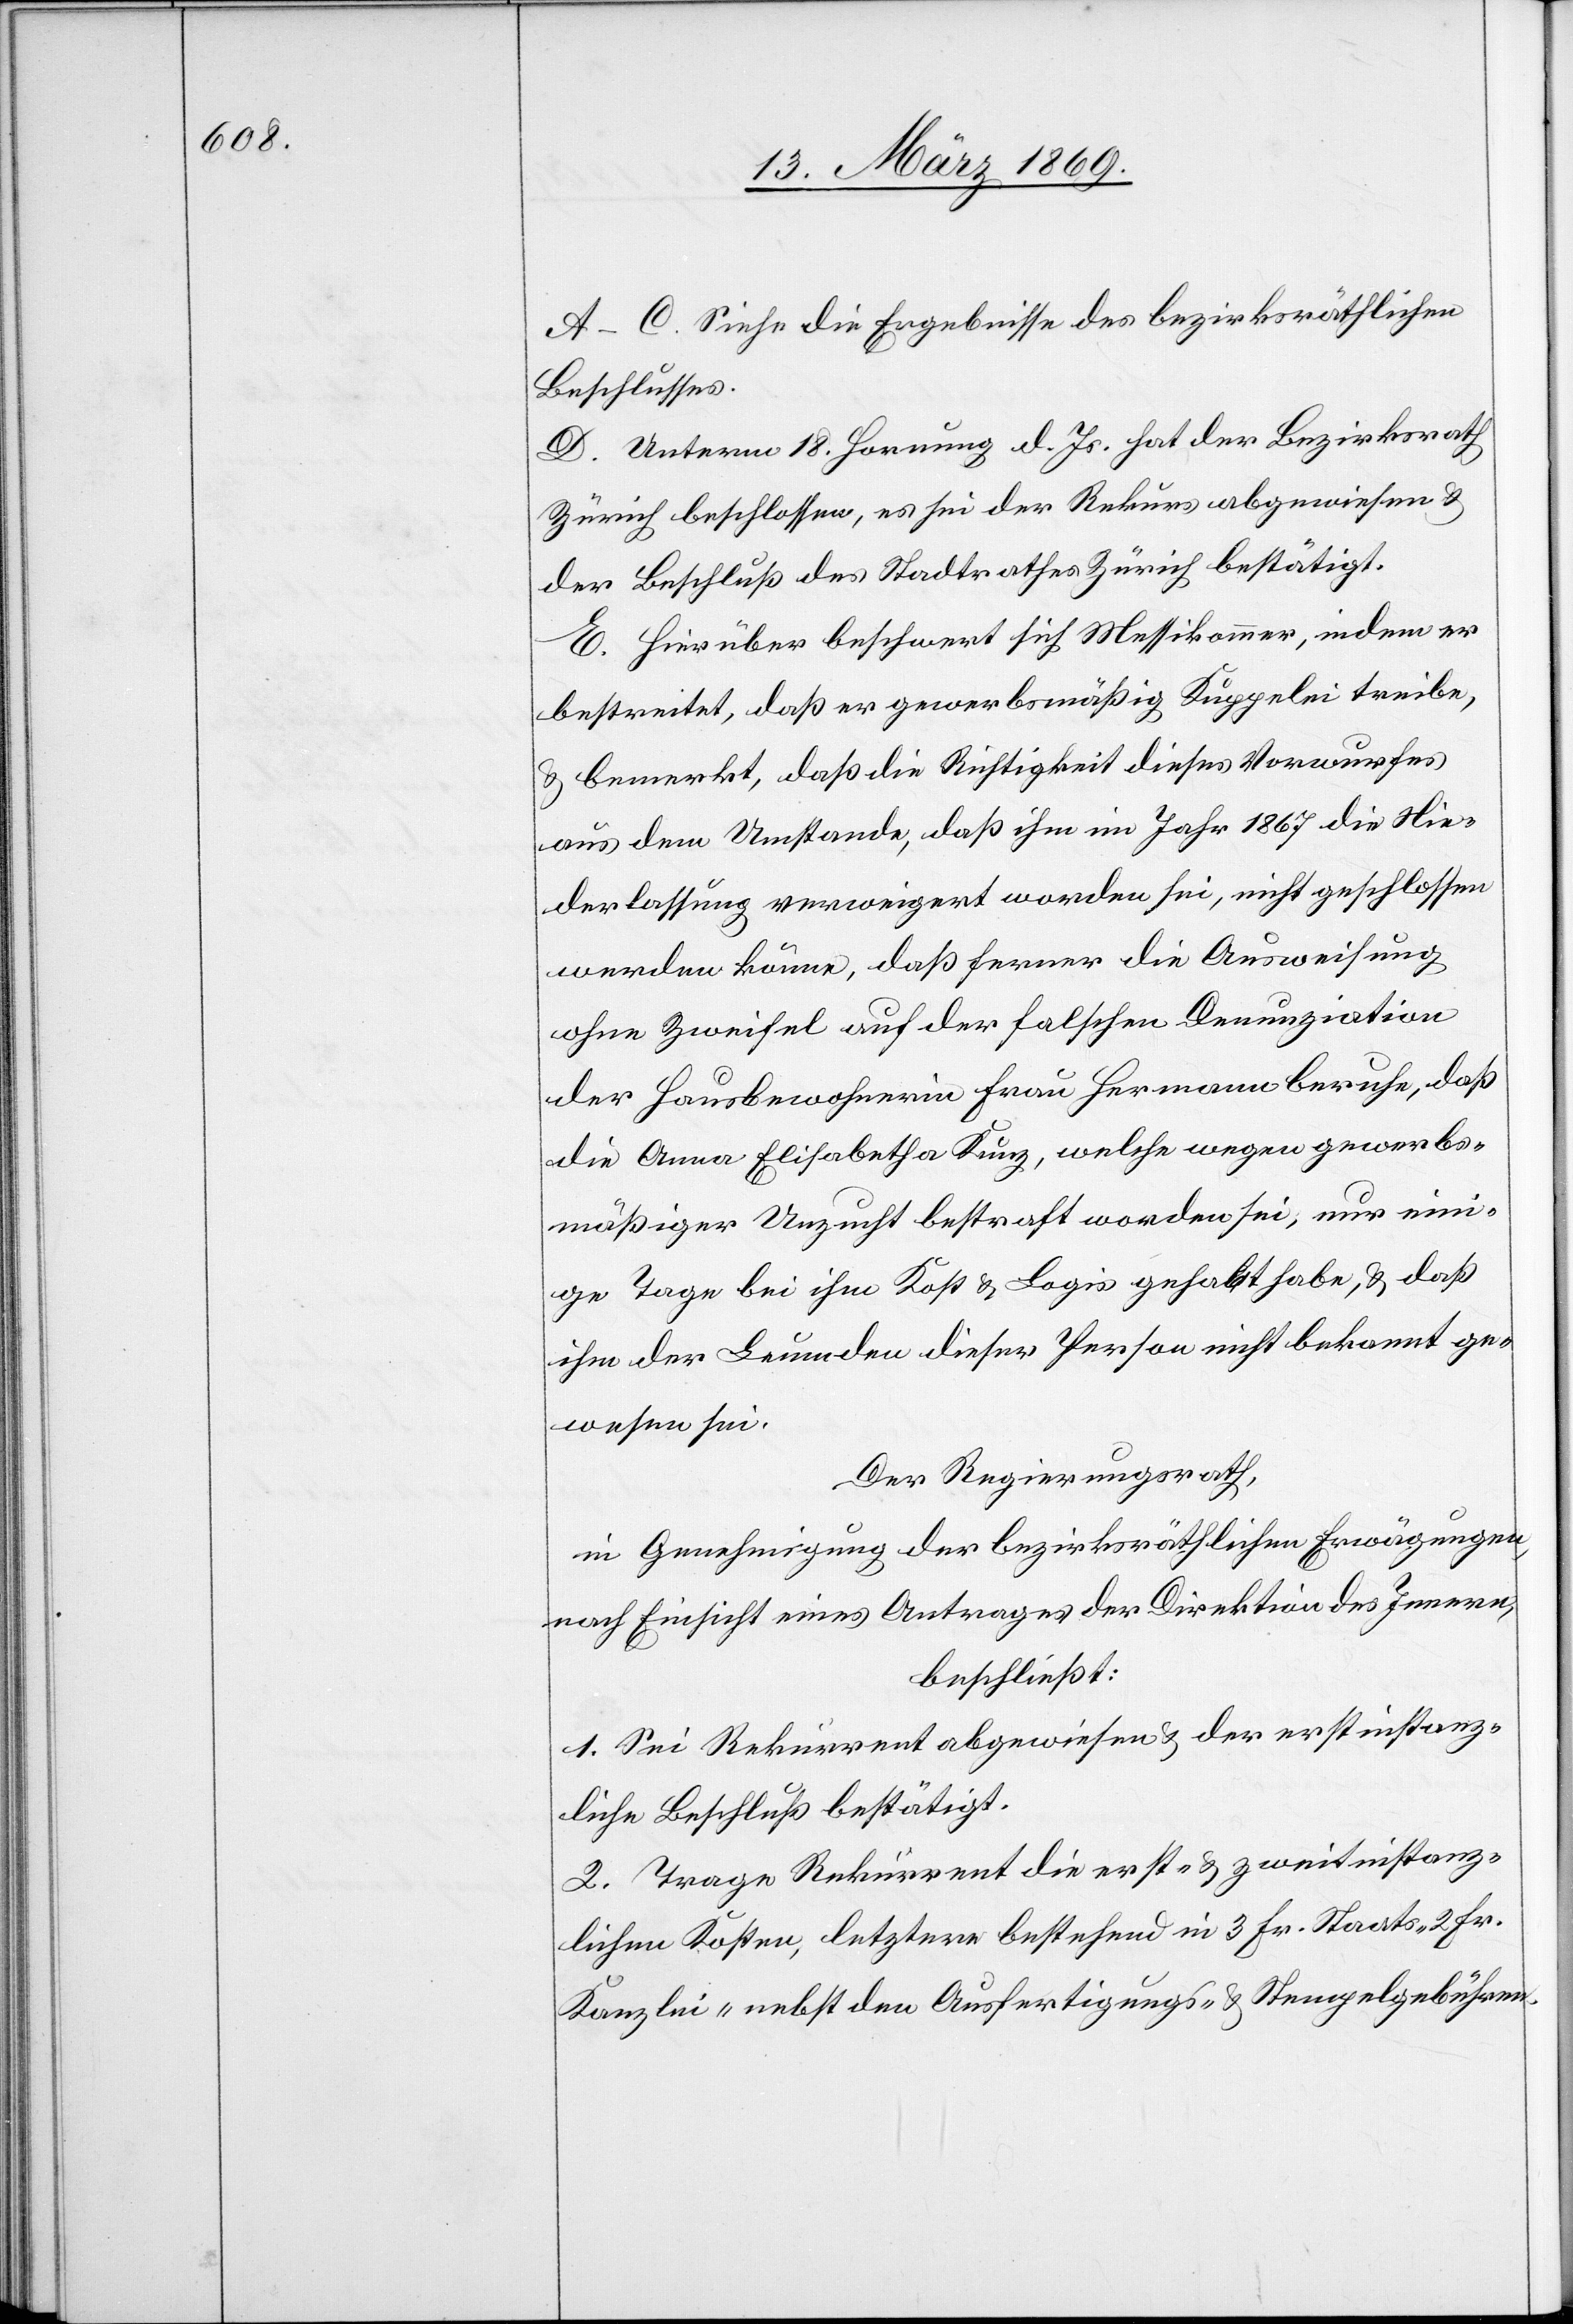
A–C. Siehe die Ergebnisse des bezirksräthlichen
Beschlusses.
D. Unterm 18. Hornung d. Js. hat der Bezirksrath
Zürich beschlossen, es sei der Rekurs abgewiesen &
der Beschluß des Stadtrathes Zürich bestätigt.
E. Hierüber beschwert sich Messikommer, indem er
bestreitet, daß er gewerbsmässig Kuppelei treibe,
& bemerkt, daß die Richtigkeit dieses Vorwurfes
aus dem Umstande, daß ihm im Jahr 1867 die Nie¬
derlassung verweigert worden sei, nicht geschlossen
werden könne, daß ferner die Ausweisung
ohne Zweifel auf der falschen Denunziation
der Hausbewohnerin Frau Hermann beruhe, daß
die Anna Elisabetha Kunz, welche wegen gewerbs¬
mäßiger Unzucht bestraft worden sei, nur ein¬
ige Tage bei ihm Kost & Logis gehabt habe, & daß
ihm der Leumden dieser Person nicht bekannt ge¬
wesen sei.
Der Regierungsrath,
in Genehmigung der bezirksräthlichen Erwägungen,
nach Einsicht eines Antrages der Direktion des Innern,
beschließt:
1. Sei Rekurrent abgewiesen & der erstinstanz¬
liche Beschluß bestätigt.
2. Trage Rekurrent die erst- & zweitinstanz¬
lichen Kosten, letztere bestehend in 3 Fr. Staats-
Kanzlei- nebst den Ausfertigungs- & Stempelgebühren.